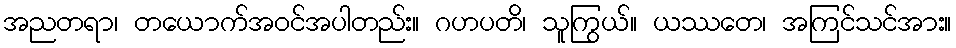
အညတရာ၊ တယောက်အဝင်အပါတည်း။ ဂဟပတိ၊ သူကြွယ်။ ယဿတေ၊ အကြင်သင်အား။